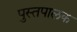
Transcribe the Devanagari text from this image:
पुस्तपालक